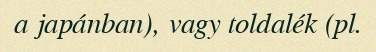
a japánban), vagy toldalék (pl.